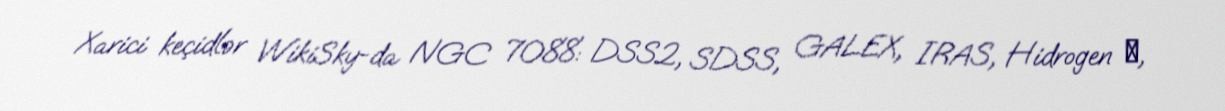
Xarici keçidlər WikiSky-da NGC 7088: DSS2, SDSS, GALEX, IRAS, Hidrogen α,